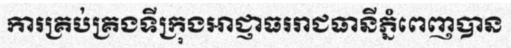
ការគ្រប់គ្រងទីក្រុងអាជ្ញាធររាជធានីភ្នំពេញបាន